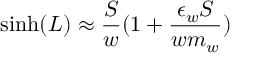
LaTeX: \sinh ( L ) \approx \frac { S } { w } ( 1 + \frac { \epsilon _ { w } S } { w m _ { w } } )